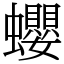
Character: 蠳